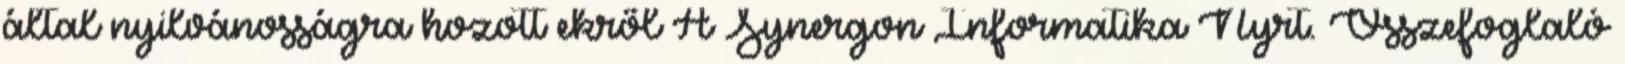
által nyilvánosságra hozott ekről A Synergon Informatika Nyrt. Összefoglaló